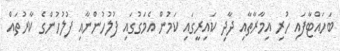
ބަހައްޓާފައި ހުރި އިމާރާތާއި ދާދި ކައިރީގައި ކަމުން އެމަގުގައި ފުލުހުންނާއި ފުލުހުންގެ ކާރުތައް